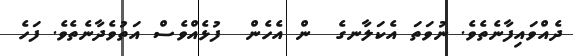
ދެއްވައިފާނެތެވެ. ނުވަތަ އެކަލާނގެ  ން އެހެން  ފުޅެއްވެސް އަތުވެދާނެތެވެ. ފަހެ